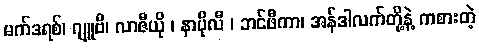
မက်ဒရစ်၊ ဂျူဗီ၊ လာဇီယို ၊ နာပိုလီ ၊ ဘင်ဖီကာ၊ အန်ဒါလက်တို့နဲ့ ကစားတဲ့